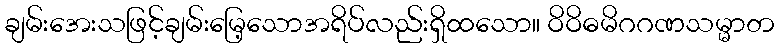
ချမ်းအေးသဖြင့်ချမ်းမြေ့သောအရိပ်လည်းရှိထသော။ ဝိဝိဓမိဂဂဏသမ္မာတ